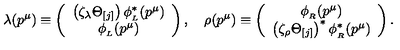
\lambda ( p ^ { \mu } ) \equiv \left( \begin{array} { c } { \left( \zeta _ { \lambda } \Theta _ { [ j ] } \right) \phi _ { _ L } ^ { \ast } ( p ^ { \mu } ) } \\ { \phi _ { _ L } ( p ^ { \mu } ) } \\ \end{array} \right) , \quad \rho ( p ^ { \mu } ) \equiv \left( \begin{array} { c } { \phi _ { _ R } ( p ^ { \mu } ) } \\ { \left( \zeta _ { \rho } \Theta _ { [ j ] } \right) ^ { \ast } \phi _ { _ R } ^ { \ast } ( p ^ { \mu } ) } \\ \end{array} \right) .